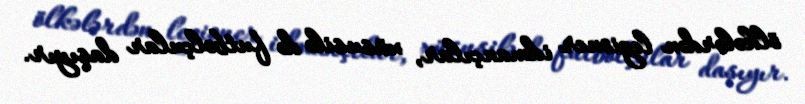
ölkələrdən legioner idmançılar, xüsusilə də futbolçular daşıyır.